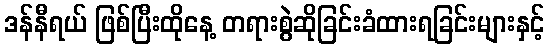
ဒန်နီရယ် ဖြစ်ပြီးထိုနေ့ တရားစွဲဆိုခြင်းခံထားရခြင်းများနှင့်